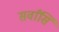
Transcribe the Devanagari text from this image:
सर्वांसि